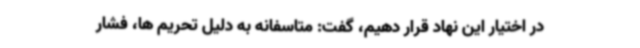
در اختیار این نهاد قرار دهیم، گفت: متاسفانه به دلیل تحریم ها، فشار